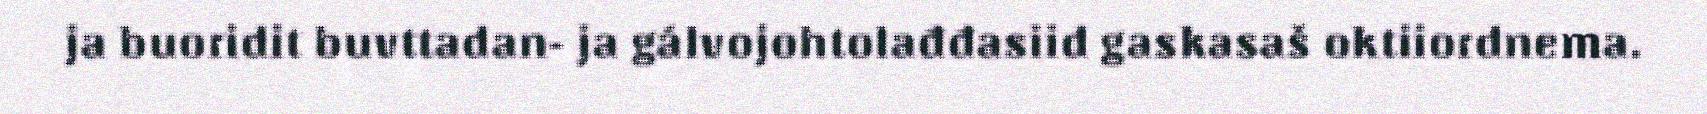
ja buoridit buvttadan- ja gálvojohtolađđasiid gaskasaš oktiiordnema.